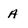
Character: A